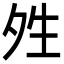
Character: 夝